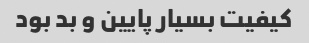
کیفیت بسیار پایین و بد بود